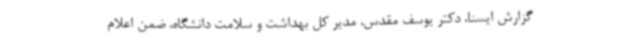
گزارش ایسنا، دکتر یوسف مقدس، مدیر کل بهداشت و سلامت دانشگاه، ضمن اعلام